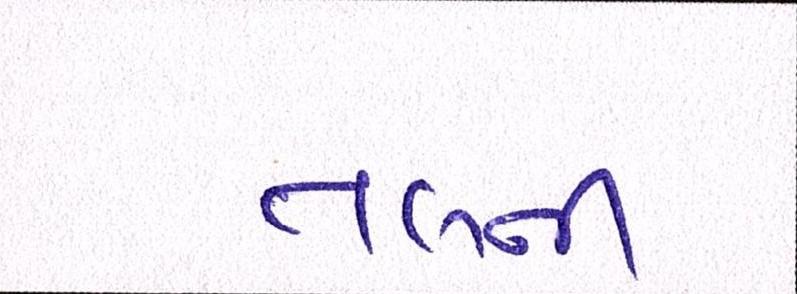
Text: તલની